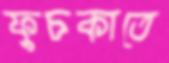
ফুচকাতে